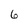
Character: 6